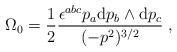
LaTeX: \begin{align*}\Omega_0=\frac{1}{2}\frac{\epsilon^{abc}p_a {\rm d}p_b\land{\rm d}p_c}{(-p^2)^{3/2}}\;,\end{align*}